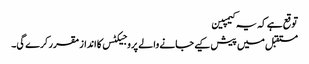
توقع ہے کہ یہ کیمپین
مستقبل میں پیش کیے جانے والے پروجیکٹس کا انداز مقرر کرے گی۔